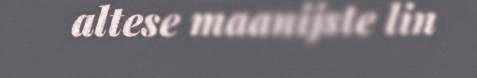
altese maanijste lin